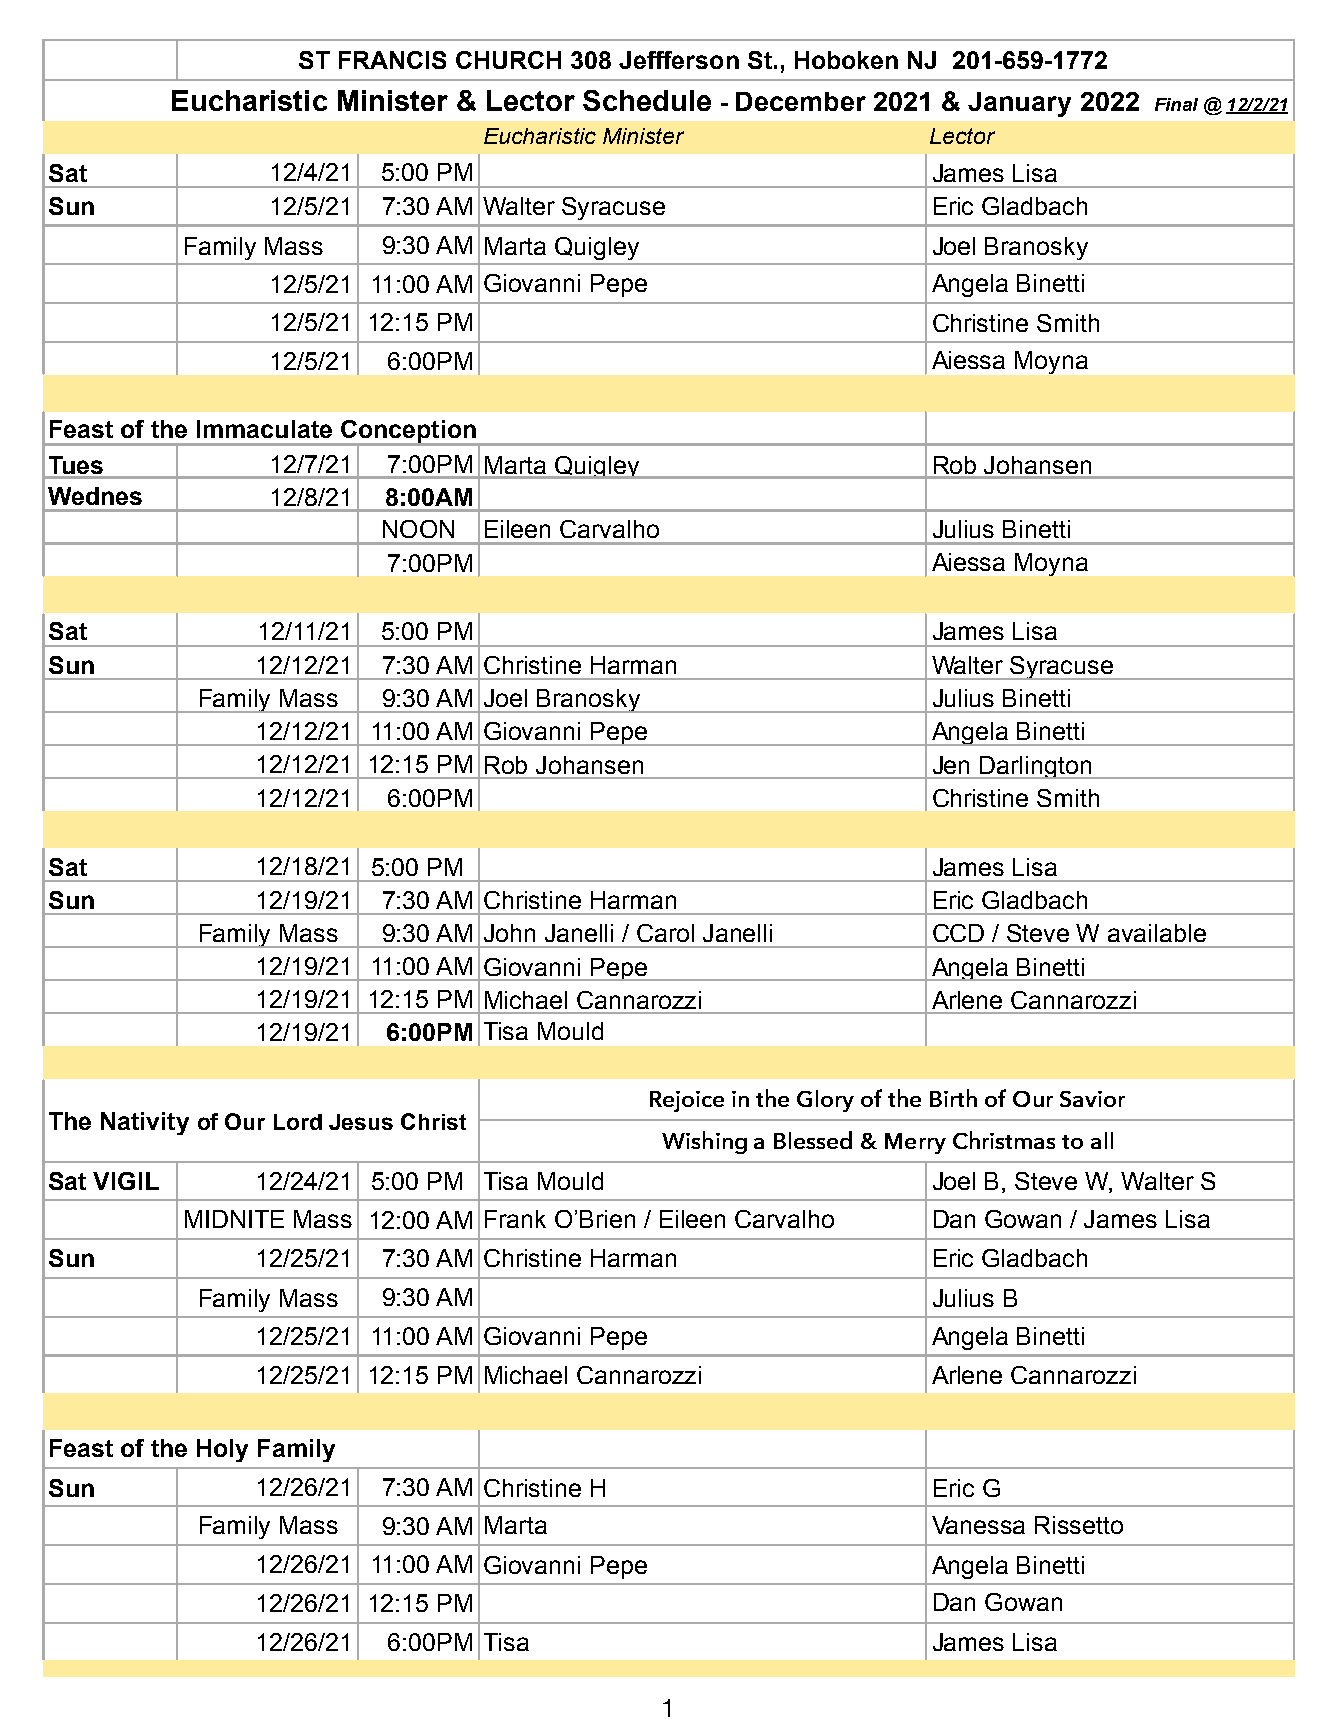
ST FRANCIS CHURCH 308 Jeffferson St., Hoboken NJ 201-659-1772
 Eucharistic Minister & Lector Schedule - December 2021 & January 2022 Final @ 12/2/21
 Eucharistic Minister          Lector
 Sat            12/4/21 5:00 PM                             James Lisa
 Sun            12/5/21 7:30 AM Walter Syracuse             Eric Gladbach
 Family Mass  9:30 AM Marta Quigley                Joel Branosky
 12/5/21 11:00 AM Giovanni Pepe              Angela Binetti
 12/5/21 12:15 PM                            Christine Smith
 12/5/21 6:00PM                              Aiessa Moyna
 Feast of the Immaculate Conception
 Tues           12/7/21 7:00PM Marta Quigley                Rob Johansen
 Wednes         12/8/21 8:00AM
 NOON   Eileen Carvalho               Julius Binetti
 7:00PM                              Aiessa Moyna
 Sat           12/11/21 5:00 PM                             James Lisa
 Sun           12/12/21 7:30 AM Christine Harman            Walter Syracuse
 Family Mass 9:30 AM Joel Branosky                Julius Binetti
 12/12/21 11:00 AM Giovanni Pepe              Angela Binetti
 12/12/21 12:15 PM Rob Johansen               Jen Darlington
 12/12/21 6:00PM                              Christine Smith
 Sat           12/18/21 5:00 PM                             James Lisa
 Sun           12/19/21 7:30 AM Christine Harman            Eric Gladbach
 Family Mass 9:30 AM John Janelli / Carol Janelli CCD / Steve W available
 12/19/21 11:00 AM Giovanni Pepe              Angela Binetti
 12/19/21 12:15 PM Michael Cannarozzi         Arlene Cannarozzi
 12/19/21 6:00PM Tisa Mould
 Rejoice in the Glory of the Birth of Our Savior
 The Nativity of Our Lord Jesus Christ
 Wishing a Blessed & Merry Christmas to all
 Sat VIGIL     12/24/21 5:00 PM Tisa Mould                  Joel B, Steve W, Walter S
 MIDNITE Mass 12:00 AM Frank O’Brien / Eileen Carvalho Dan Gowan / James Lisa
 Sun           12/25/21 7:30 AM Christine Harman            Eric Gladbach
 Family Mass 9:30 AM                              Julius B
 12/25/21 11:00 AM Giovanni Pepe              Angela Binetti
 12/25/21 12:15 PM Michael Cannarozzi         Arlene Cannarozzi
 Feast of the Holy Family
 Sun           12/26/21 7:30 AM Christine H                 Eric G
 Family Mass 9:30 AM Marta                        Vanessa Rissetto
 12/26/21 11:00 AM Giovanni Pepe              Angela Binetti
 12/26/21 12:15 PM                            Dan Gowan
 12/26/21 6:00PM Tisa                         James Lisa
 1